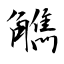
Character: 觹